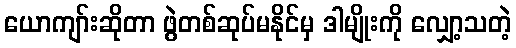
ယောကျာ်းဆိုတာ ဖွဲတစ်ဆုပ်မနိုင်မှ ဒါမျိုးကို လျှော့သတဲ့